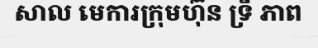
សាល មេការក្រុមហ៊ុន ទ្រី ភាព